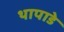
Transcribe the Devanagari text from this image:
थापाडे